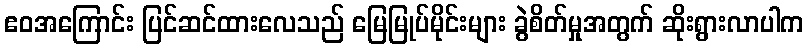
ဧဝအကြောင်း ပြင်ဆင်ထားလေသည် မြေမြုပ်မိုင်းများ ခွဲစိတ်မှုအတွက် ဆိုးရွားလာပါက